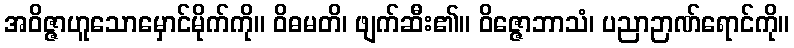
အဝိဇ္ဇာဟူသောမှောင်မိုက်ကို။ ဝိဓမတိ၊ ဖျက်ဆီး၏။ ဝိဇ္ဇောဘာသံ၊ ပညာဉာဏ်ရောင်ကို။